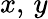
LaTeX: x,\, y